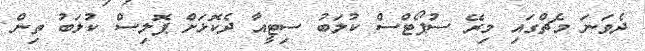
ދެވަނަ މެޗްގައި މިރޭ ސުޕޯޓްސް ކުލަބު ސިޓީއާ ދެކޮޅަށް ޕޮލިސް ކުލަބު ތިން